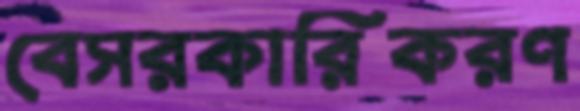
বেসরকারিকরণ